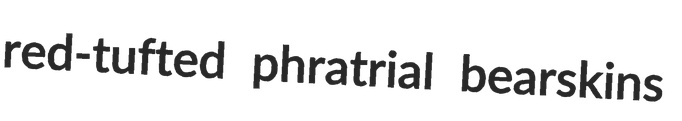
red-tufted phratrial bearskins